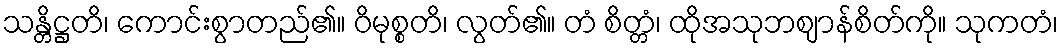
သန္တိဋ္ဌတိ၊ ကောင်းစွာတည်၏။ ဝိမုစ္စတိ၊ လွတ်၏။ တံ စိတ္တံ၊ ထိုအသုဘဈာန်စိတ်ကို။ သုကတံ၊